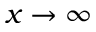
x \rightarrow \infty